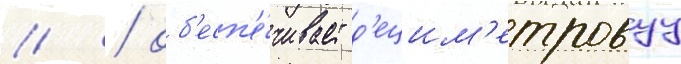
// / об'есп'е́чивает д'ецим'етровуу